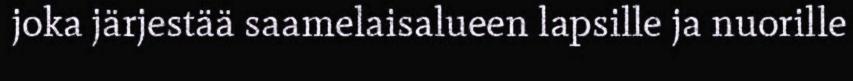
joka järjestää saamelaisalueen lapsille ja nuorille